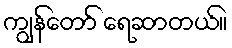
ကျွန်တော် ရေဆာတယ်။